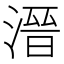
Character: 溍